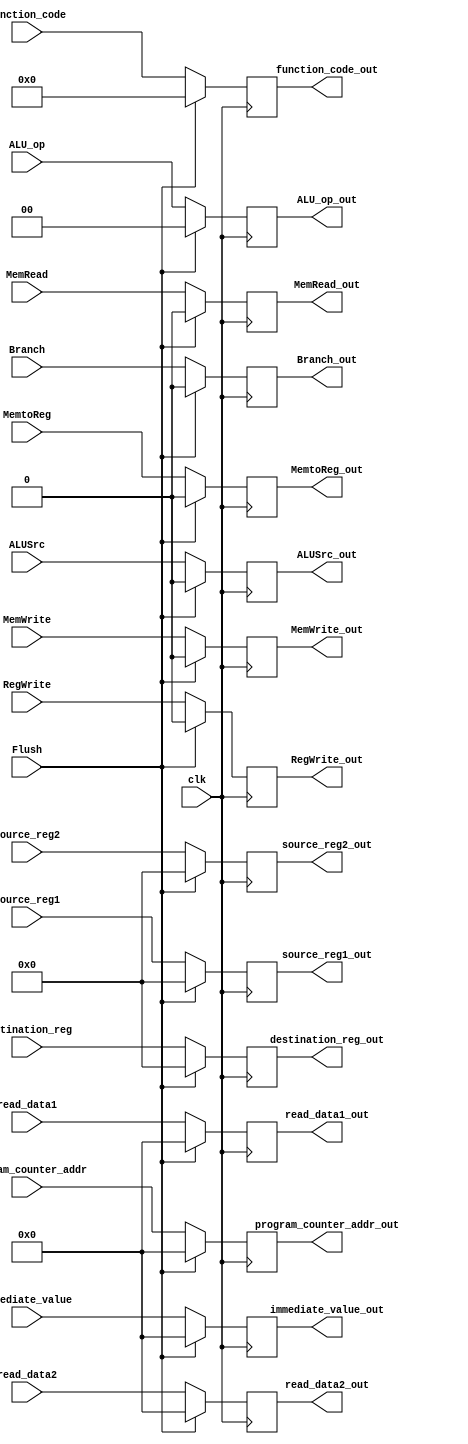
`timescale 1ns / 1ps
//////////////////////////////////////////////////////////////////////////////////
// Company: 
// Engineer: 
// 
// Design Name: 
// Module Name: ID_EX
// Project Name: 
// Target Devices: 
// Tool Versions: 
// Description: 
// 
// Dependencies: 
// 
// Revision:
// Revision 0.01 - File Created
// Additional Comments:
// 
//////////////////////////////////////////////////////////////////////////////////


module ID_EX(
    input        clk,                            // Clock signal
    input        Flush,                          // Flush control signal
    input [63:0] program_counter_addr,    // Program counter address input
    input [63:0] read_data1,               // Data 1 input
    input [63:0] read_data2,               // Data 2 input
    input [63:0] immediate_value,          // Immediate value input
    input [3:0]  function_code,             // Function code input
    input [4:0]  destination_reg,           // Destination register input
    input [4:0]  source_reg1,                // Source register 1 input
    input [4:0]  source_reg2,               // Source register 2 input
    input        MemtoReg,                        // Memory-to-register control signal
    input        RegWrite,                        // Register write control signal
    input        Branch,                           // Branch control signal
    input        MemWrite,                         // Memory write control signal
    input        MemRead,                          // Memory read control signal
    input        ALUSrc,                           // ALU source control signal
    input [1:0]  ALU_op,                     // ALU operation control signal

    output reg [63:0] program_counter_addr_out,    // Output: Stored program counter address
    output reg [63:0] read_data1_out,               // Output: Stored Data 1
    output reg [63:0] read_data2_out,               // Output: Stored Data 2
    output reg [63:0] immediate_value_out,          // Output: Stored Immediate value
    output reg [3:0] function_code_out,             // Output: Stored Function code
    output reg [4:0] destination_reg_out,           // Output: Stored Destination register
    output reg [4:0] source_reg1_out,                     // Output: Stored Source register 1
    output reg [4:0] source_reg2_out,                     // Output: Stored Source register 2
    output reg       MemtoReg_out,                        // Output: Stored Memory-to-register control
    output reg       RegWrite_out,                            // Output: Stored Register write control
    output reg Branch_out,                               // Output: Stored Branch control
    output reg MemWrite_out,                            // Output: Stored Memory write control
    output reg MemRead_out,                         // Output: Stored Memory read control
    output reg ALUSrc_out,                               // Output: Stored ALU source control
    output reg [1:0] ALU_op_out                     // Output: Stored ALU operation control
    
);

always @(posedge clk) begin
    if (Flush) 
    begin
    // Reset all output registers to 0
    program_counter_addr_out = 0;
    read_data1_out = 0;
    read_data2_out = 0;
    immediate_value_out = 0;
    function_code_out = 0;
    destination_reg_out = 0;
    source_reg1_out = 0;
    source_reg2_out = 0;
    MemtoReg_out = 0;
    RegWrite_out = 0;
    Branch_out = 0;
    MemWrite_out = 0;
    MemRead_out = 0;
    ALUSrc_out = 0;
    ALU_op_out = 0;
    end 
    
    else 
    begin
        // Pass input values to output registers
    program_counter_addr_out = program_counter_addr;
    read_data1_out = read_data1;
    read_data2_out = read_data2;
    immediate_value_out = immediate_value;
    function_code_out = function_code;
    destination_reg_out = destination_reg;
    source_reg1_out = source_reg1;
    source_reg2_out = source_reg2;
    RegWrite_out = RegWrite;
    MemtoReg_out = MemtoReg;
    Branch_out = Branch;
    MemWrite_out = MemWrite;
    MemRead_out = MemRead;
    ALUSrc_out = ALUSrc;
    ALU_op_out = ALU_op;
    end
end

endmodule